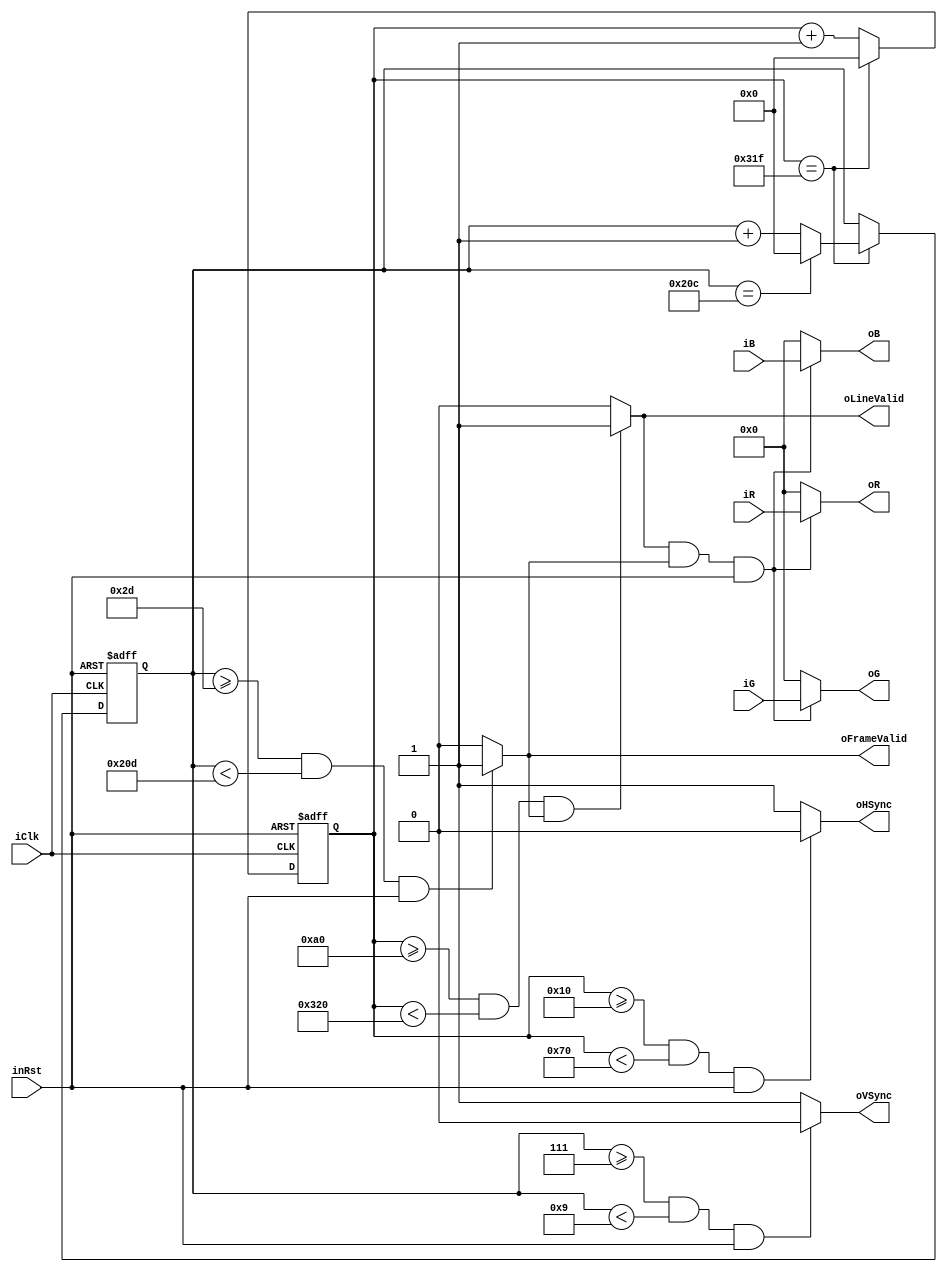
module  VGAController(
    input               iClk,
    input               inRst,
    
    input       [7:0]   iR,
    input       [7:0]   iG,
    input       [7:0]   iB,
    
    output      [7:0]   oR,
    output      [7:0]   oG,
    output      [7:0]   oB,
    output              oHSync,
    output              oVSync,
    output              oLineValid,
    output              oFrameValid
);

/*****************************************************************
 *  H timings
 ****************************************************************/
parameter   H_SYNC_PULSE    =   96;
parameter   H_SYNC_BACK     =   48;
parameter   H_SYNC_DATA     =   640;
parameter   H_SYNC_FRONT    =   16;
parameter   H_SYNC_TOTAL    =   H_SYNC_FRONT + H_SYNC_PULSE + H_SYNC_BACK + H_SYNC_DATA;

/*****************************************************************
 *  V timings
 ****************************************************************/
parameter   V_SYNC_PULSE    =   2;
parameter   V_SYNC_BACK     =   36;
parameter   V_SYNC_DATA     =   480;    
parameter   V_SYNC_FRONT    =   7;
parameter   V_SYNC_TOTAL    =   V_SYNC_FRONT + V_SYNC_PULSE + V_SYNC_BACK + V_SYNC_DATA; 

/*****************************************************************
 *  Data offsets
 ****************************************************************/
parameter   H_START_DATA    =   H_SYNC_BACK + H_SYNC_PULSE + H_SYNC_FRONT;
parameter   V_START_DATA    =   V_SYNC_BACK + V_SYNC_PULSE + V_SYNC_FRONT;
parameter   H_STOP_DATA     =   H_START_DATA + H_SYNC_DATA;
parameter   V_STOP_DATA     =   V_START_DATA + V_SYNC_DATA;

/*****************************************************************
 *  Sync pulses offsets
 ****************************************************************/
parameter   H_START_PULSE   =   H_SYNC_FRONT;
parameter   V_START_PULSE   =   V_SYNC_FRONT;
parameter   H_STOP_PULSE    =   H_SYNC_FRONT + H_SYNC_PULSE;
parameter   V_STOP_PULSE    =   V_SYNC_FRONT + V_SYNC_PULSE;

/*****************************************************************
 *  Internal schedule counters
 ****************************************************************/
reg [12:0] mHCounter = 0;
reg [12:0] mVCounter = 0;

/*****************************************************************
 *  Async assignments
 ****************************************************************/
assign  oVSync      = (mVCounter >= V_START_PULSE && mVCounter < V_STOP_PULSE && inRst      ) ? 0 : 1;
assign  oHSync      = (mHCounter >= H_START_PULSE && mHCounter < H_STOP_PULSE && inRst      ) ? 0 : 1;
assign  oFrameValid = (mVCounter >= V_START_DATA  && mVCounter < V_STOP_DATA  && inRst      ) ? 1 : 0;
assign  oLineValid  = (mHCounter >= H_START_DATA  && mHCounter < H_STOP_DATA  && oFrameValid) ? 1 : 0;
assign  oR          = (oLineValid && oFrameValid && inRst) ? iR : 0;
assign  oG          = (oLineValid && oFrameValid && inRst) ? iG : 0;
assign  oB          = (oLineValid && oFrameValid && inRst) ? iB : 0;


/*****************************************************************
 *  Pixel counter generator
 ****************************************************************/
always@(negedge iClk or negedge inRst)
begin
    if(~inRst) mHCounter <= 0;
    else
    begin
        if(mHCounter == (H_SYNC_TOTAL - 1)) mHCounter <= 0;
        else                                mHCounter <= mHCounter + 1;
    end
end

/*****************************************************************
 *  Line counter generator
 ****************************************************************/
always@(negedge iClk or negedge inRst)
begin
    if(~inRst) mVCounter <= 0;
    else
    begin
        if(mHCounter == (H_SYNC_TOTAL - 1))
        begin
            if(mVCounter == (V_SYNC_TOTAL - 1)) mVCounter <= 0;
            else                                mVCounter <= mVCounter + 1;
        end
        else mVCounter <= mVCounter;
    end
end
endmodule